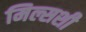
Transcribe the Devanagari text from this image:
मिल्सशी